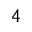
4